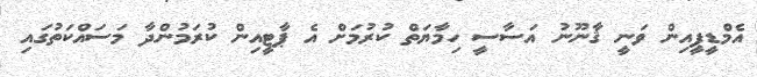
އެމްޑީޕީއިން ވަނީ ޤާނޫނު އަސާސީ ހިމާޔަތް ކުރުމަށް އެ ޕާޓީއިން ކުރަމުންދާ މަސައްކަތުގައި